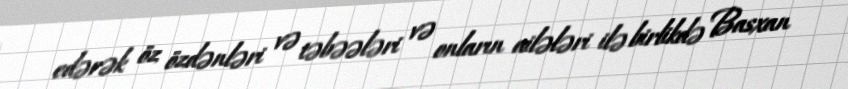
edərək öz özdənləri və təbəələri və onların ailələri ilə birlikdə Basxan